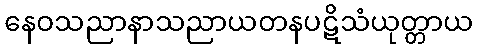
နေဝသညာနာသညာယတနပဋိသံယုတ္တာယ